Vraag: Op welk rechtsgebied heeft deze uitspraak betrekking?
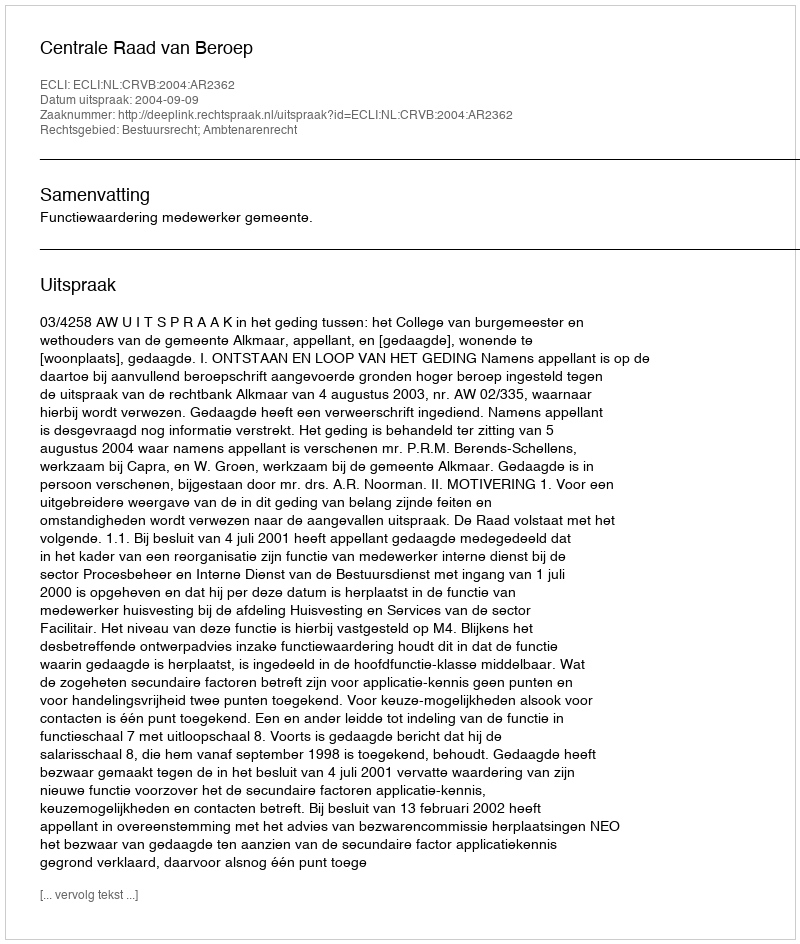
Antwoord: Bestuursrecht; Ambtenarenrecht